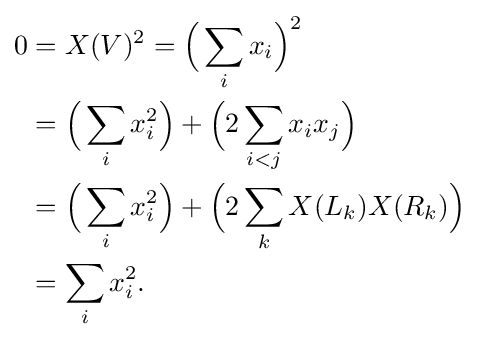
{\begin{aligned}0&=X(V)^{2}={\Bigl (}\sum _{i}x_{i}{\Bigr )}^{2}\\&={\Bigl (}\sum _{i}x_{i}^{2}{\Bigr )}+{\Bigl (}2\sum _{i<j}x_{i}x_{j}{\Bigr )}\\&={\Bigl (}\sum _{i}x_{i}^{2}{\Bigr )}+{\Bigl (}2\sum _{k}X(L_{k})X(R_{k}){\Bigr )}\\&=\sum _{i}x_{i}^{2}.\\\end{aligned}}